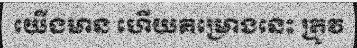
យើងមាន ហើយគម្រោងនេះ ត្រូវ